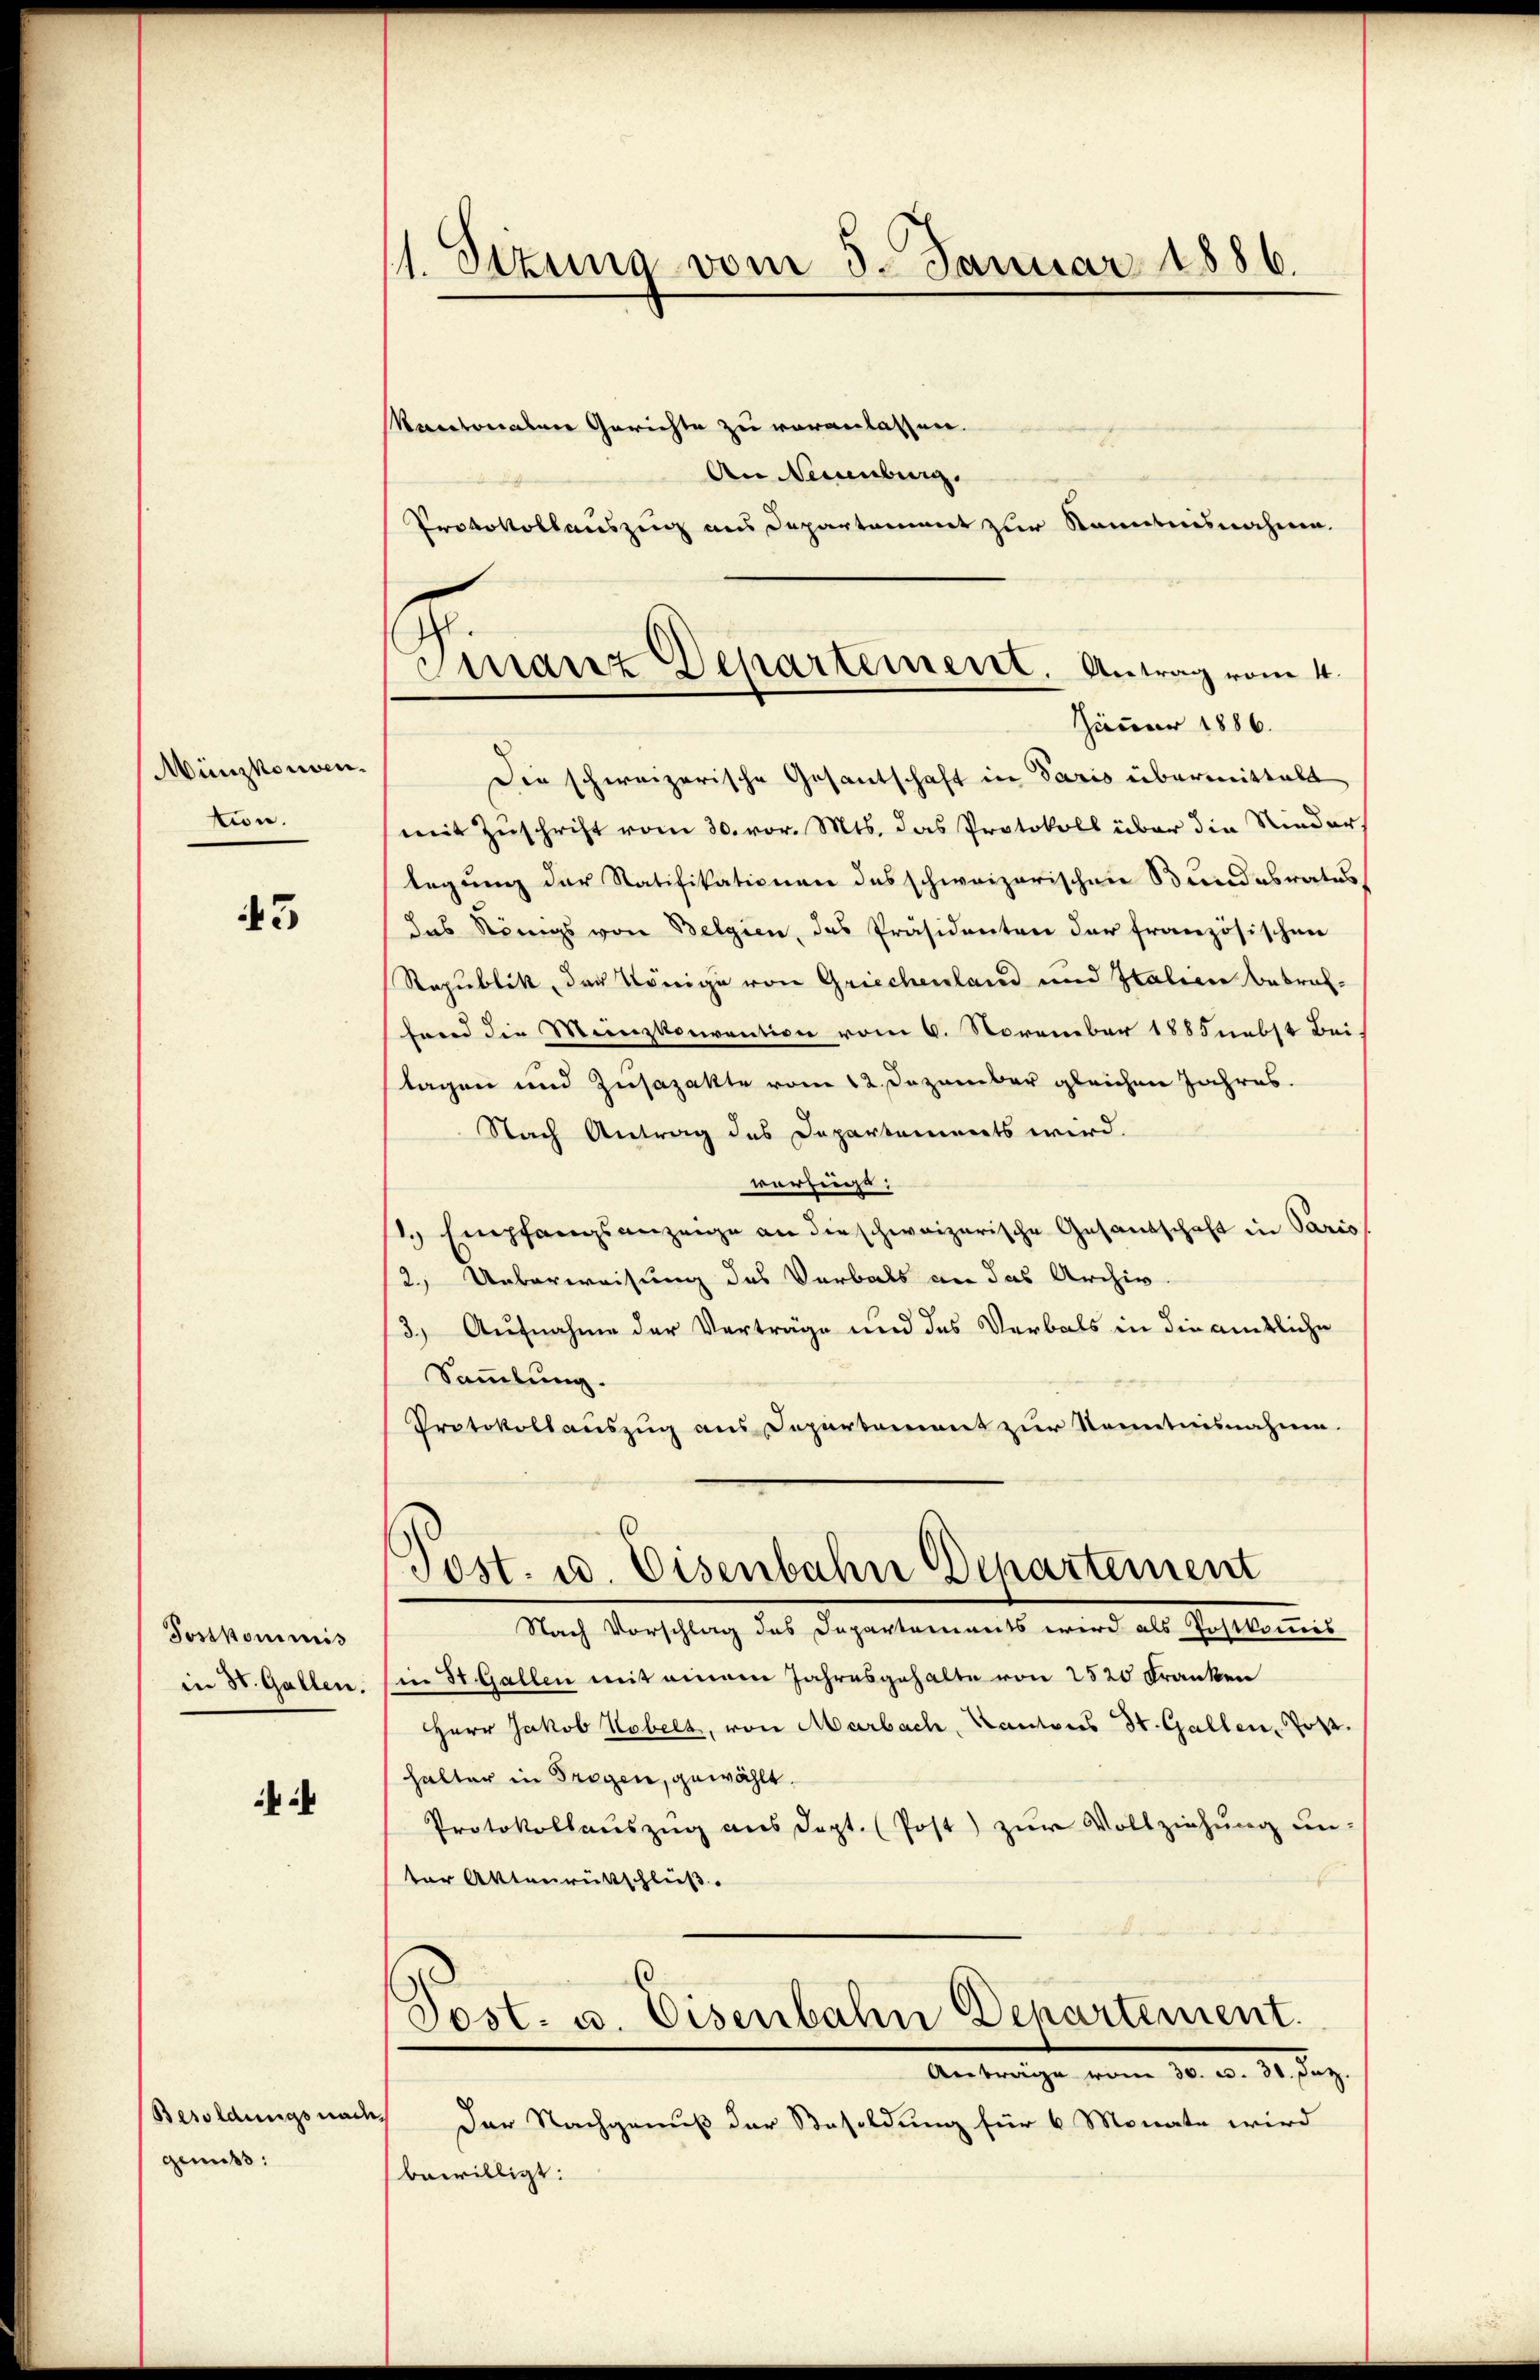
Münzkonsen.
tion.

43

Tostkommis
in St. Gallen.

Besoldungsnach
genuss:

(1. Sekung vom 5. Januar 1886.

Finanz Departement. Antrag vom 4.
Jäner 1886.

Kantonalen Gerichte zu voranlassen.
An Neuenburg.
Protokollauszung aus Departament zur Kenntnisnahme.
Die schweizerische Gesantschaft in Paris übermittelt
mit Zuschrift vom 30. vor. Mts. das Protokoll über die Niederlegung der Ratifikationen des schweizerischen Bundesrates
das Königs von Belgien, das Präsidenten der französischen
Republik, des Könige von Griechenland und Italien betraffend die Menzkonvention vom 6. November 1885 nebst Bei-
slagen und Zusazakte vom 12. Dezember gleichen Jahres.
Nach Antrag des Departements wird
vorsiege
. Empfangsanzeige an die schweizerische Gesandschaft in Paris
12.) Ueberweisung des Verbals an das Archiv.
3.) Aufnahme der Verträge und des Verbals in die amtliche
Sammlung.
Protokollauszug aus Departement zur Kenntnisnahme.
Post. u. Eisenbahn Departement
Nach Vorschlag des Departements wird als Postkommis
in St. Gallen mit einem Jahresgehalte von 1520 Franken
HHerr Jakob Kobelt, von Marbach, Kantons St. Gallen, Jos.
halter in Trogen, gewählt.
Protokollauszug aus dept. (Post) zur Vollziehung un
ter Aktenrüttschluß.
Post. u. Eisenbahn Departement.
.
Der Nachgenuß der Besoldung für 6 Monate wird
bewilligt: